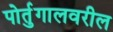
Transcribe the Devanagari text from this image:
पोर्तुगालवरील